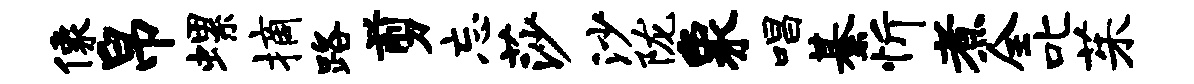
像帛螺摘路剪忘莎沙陇象唱綦忻煮全叱茱